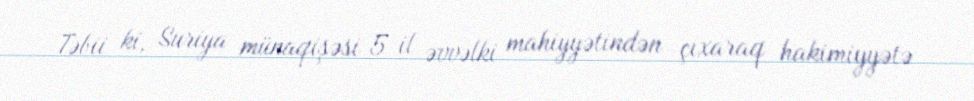
Təbii ki, Suriya münaqişəsi 5 il əvvəlki mahiyyətindən çıxaraq hakimiyyətə